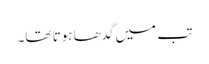
تب میں گدھاہوتا تھا۔